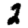
Digit: 2